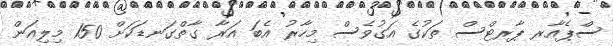
ސްޕެއާރ ޕާރޓްސް ތަކުގެ އަގުވެސް މިހާރު އެބަ އަރާ ގާތްގަނޑަކަށް 150 މިލިއަން